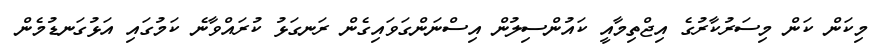
މިކަން ކަން މިސަރުކާރުގެ އިޖްތިމާއީ ކައުންސިލުން އިސްނަންގަވައިގެން ރަނގަޅު ކުރައްވާނެ ކަމުގައި އަޅުގަނޑުމެން